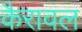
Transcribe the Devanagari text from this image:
कैरावल